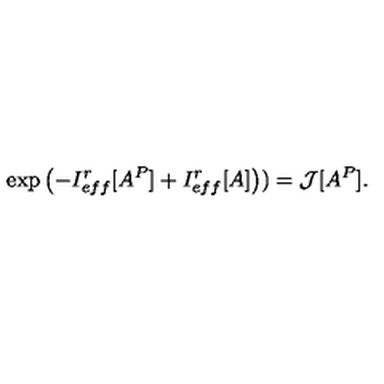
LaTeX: \exp \left( - I _ { e f f } ^ { r } [ A ^ { P } ] + I _ { e f f } ^ { r } [ A ] \right) ) = { \cal J } [ A ^ { P } ] .